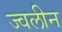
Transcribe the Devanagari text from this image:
ज्वलीन